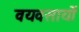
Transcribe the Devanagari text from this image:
वयवसायों